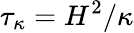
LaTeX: \tau_{\kappa}=H^{2}/\kappa